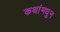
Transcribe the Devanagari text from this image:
कथांमधुन